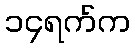
၁၄ရက်က